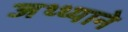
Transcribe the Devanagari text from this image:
जथ्थ्याने